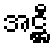
အဋ္ဌီ